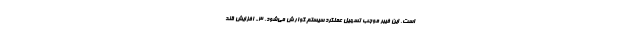
است. این فیبر موجب تسهیل عملکرد سیستم گوارش می‌شود. ۳- افزایش قند